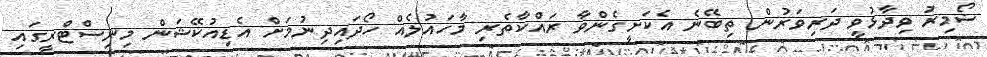
ޟޯމިރު ވިދާޅުވީ ދަރިވަރުން ތިބޭނެ އެކަށީގެންވާ ރައްކާތެރި މާހައުލެއް ހޯދައިދިނުމަށް އެޑިއުކޭޝަން މިނިސްޓްރީގައި